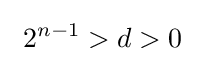
~2^{n-1}>d>0~